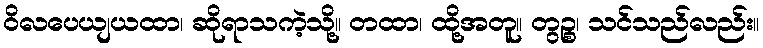
ဝိလပေယျယထာ၊ ဆိုရာသကဲ့သို့။ တထာ၊ ထို့အတူ။ တွဉ္စ၊ သင်သည်လည်း။